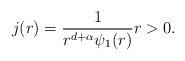
LaTeX: \begin{align*} j(r) = \frac{1}{r^{d+\alpha}\psi_1 (r)} r>0.\end{align*}